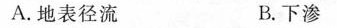
A.地表径流 B.下渗